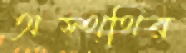
অস্থ্থির